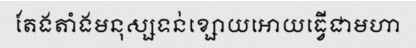
តែងតាំងមនុស្សទន់ខ្សោយអោយធ្វើជាមហា